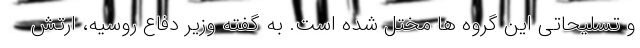
و تسلیحاتی این گروه ها مختل شده است. به گفته وزیر دفاع روسیه، ارتش